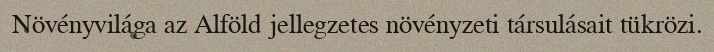
Növényvilága az Alföld jellegzetes növényzeti társulásait tükrözi.